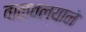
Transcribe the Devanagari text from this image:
वाळवल्याने